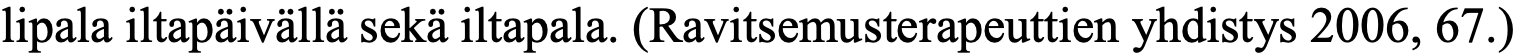
lipala iltapäivällä sekä iltapala. (Ravitsemusterapeuttien yhdistys 2006, 67.)